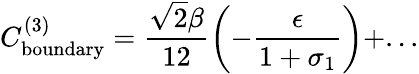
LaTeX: C_{\mathrm{boundary}}^{(3)}=\frac{\sqrt{2}\beta}{12}\left(-\frac{\epsilon}{1+\sigma_{1}}\right)+...